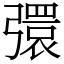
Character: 彋